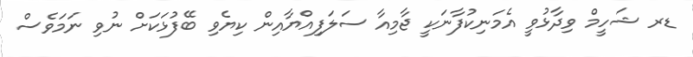
ޑރ ޝަހީމް ވިދާޅުވީ އެމަނިކުފާނަކީ ޖާމިއާ ސަލަފިއްޔާއިން ކިޔެވި ބޭފުޅަކަށް ނުވި ނަމަވެސް